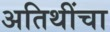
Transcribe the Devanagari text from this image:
अतिथींचा